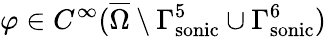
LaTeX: \varphi\in C^{\infty}(\overline{{\Omega}}\setminus\Gamma_{\mathrm{{sonic}}}^{5}\cup\Gamma_{\mathrm{{sonic}}}^{6})